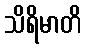
သိရိမာတိ